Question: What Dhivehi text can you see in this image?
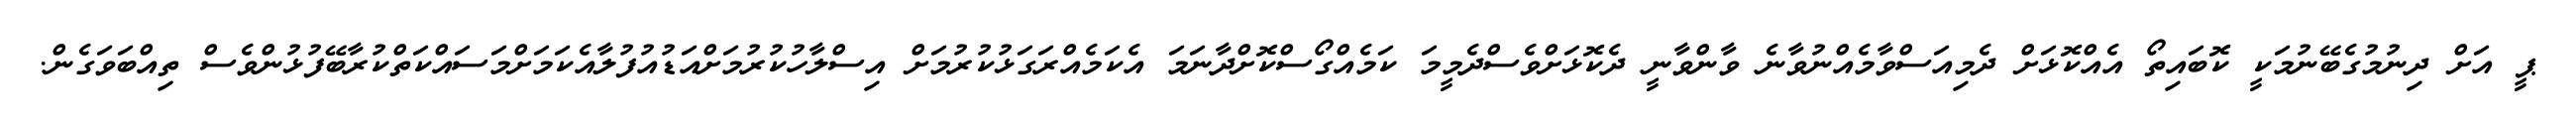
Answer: ޕީ އަށް ދިނުމުގެބޭނުމަކީ ކޮބައިތޯ އެއްކޮޅަށް ދެމިއަސްވާމެއްނުވާނެ ވާންވާނީ ދެކޮޅަށްވެސްދެމީމަ ކަމެއްގޯސްކޮށްދާނަމަ އެކަމެއްރަގަޅުކުރުމަށް އިސްލާހުކުރުމަށްއަޑުއުފުލާއެކަމަށްމަސައްކަތްކުރާބޭފުޅުންވެސް ތިއްބަވަގެން.